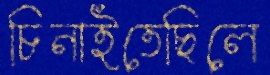
চিনাইতেছিলে